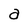
Character: a